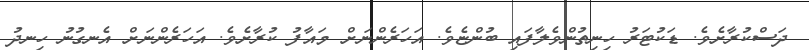
ދަސްކުރާށެވެ. ޑަކުޓަރު ހިނިތުންވެލާފައި ބުންޏެވެ. އަހަރެންނަށް މައާފު ކުރާށެވެ. އަހަރެންނަށް އެނގުނު ހިނދު